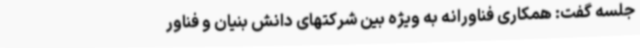
جلسه گفت: همکاری فناورانه به ‌ویژه بین شرکتهای دانش بنیان و فناور